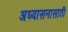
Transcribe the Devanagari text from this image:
अध्यासनासाठी